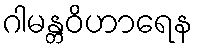
ဂါမန္တဝိဟာရေန